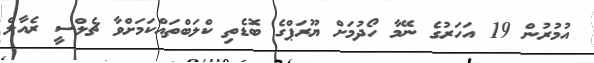
އުމުރުން 19 އަހަރުގެ ނޭމާ ހޯދުމަށް ޔޫރަޕްގެ ބޮޑެތި ކްލަބްތައްކަމަށްވާ ޗެލްސީ ރެއާލް